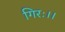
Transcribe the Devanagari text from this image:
गिरः।।